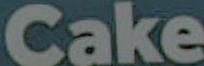
Cake